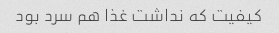
کیفیت که نداشت غذا هم سرد بود